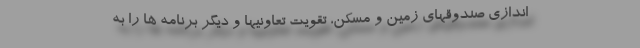
اندازی صندوقهای زمین و مسکن، تقویت تعاونیها و دیگر برنامه ها را به